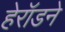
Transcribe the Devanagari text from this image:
हेरॉडने